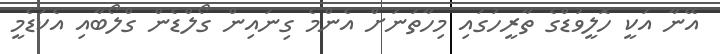
އޭނާ އަކީ ހޮލީވުޑްގެ ތާރީހުގައި މިހާތަނަށް އެންމެ ގިނައިން ގޯލްޑެން ގްލޯބާއި އެކަޑެމީ